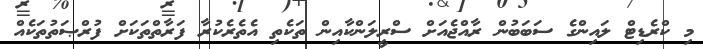
މި ކްރެޑިޓް ލައިންގެ ސަބަބުން ރާއްޖެއަށް ސްރީލަންކާއިން ތަކެތި އެތެރެކުރާ ފަރާތްތަކަށް ފުރްޞަތުތަކެއް